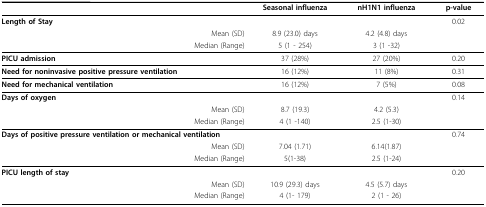
<table><thead><tr><td></td><td><b>Seasonal influenza</b></td><td><b>nH1N1 influenza</b></td><td><b>p-value</b></td></tr></thead><tbody><tr><td><b>Length of Stay</b></td><td></td><td></td><td>0.02</td></tr><tr><td>Mean (SD)</td><td>8.9 (23.0) days</td><td>4.2 (4.8) days</td><td></td></tr><tr><td>Median (Range)</td><td>5 (1 - 254)</td><td>3 (1 -32)</td><td></td></tr><tr><td><b>PICU admission</b></td><td>37 (28%)</td><td>27 (20%)</td><td>0.20</td></tr><tr><td><b>Need for noninvasive positive pressure ventilation</b></td><td>16 (12%)</td><td>11 (8%)</td><td>0.31</td></tr><tr><td><b>Need for mechanical ventilation</b></td><td>16 (12%)</td><td>7 (5%)</td><td>0.08</td></tr><tr><td><b>Days of oxygen</b></td><td></td><td></td><td>0.14</td></tr><tr><td>Mean (SD)</td><td>8.7 (19.3)</td><td>4.2 (5.3)</td><td></td></tr><tr><td>Median (Range)</td><td>4 (1 -140)</td><td>2.5 (1-30)</td><td></td></tr><tr><td><b>Days of positive pressure ventilation or mechanical ventilation</b></td><td></td><td></td><td>0.74</td></tr><tr><td>Mean (SD)</td><td>7.04 (1.71)</td><td>6.14(1.87)</td><td></td></tr><tr><td>Median (Range)</td><td>5(1-38)</td><td>2.5 (1-24)</td><td></td></tr><tr><td><b>PICU length of stay</b></td><td></td><td></td><td>0.20</td></tr><tr><td>Mean (SD)</td><td>10.9 (29.3) days</td><td>4.5 (5.7) days</td><td></td></tr><tr><td>Median (Range)</td><td>4 (1- 179)</td><td>2 (1 - 26)</td><td></td></tr></tbody></table>